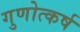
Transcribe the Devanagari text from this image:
गुणोत्कर्ष